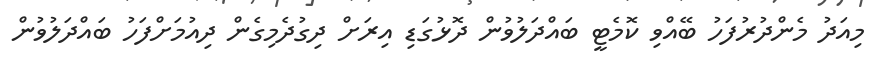
މިއަދު މެންދުރުފަހު ބޭއްވި ކޮމެޓީ ބައްދަލުވުން ދޮޅުގަޑި އިރަށް ދިގުދެމިގެން ދިއުމަށްފަހު ބައްދަލުވުން